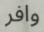
وافر